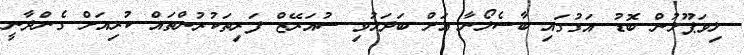
ލިވަޕޫލުން ބޮޑު އަގުގައި ބާސެލޯނާ އަށް ބަދަލުވި ސުއަރޭޒް ފަރިތަކުރުންތައް ކުރިއަށް ގެންދާނީ